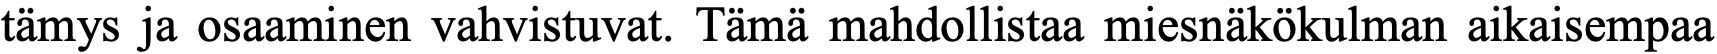
tämys ja osaaminen vahvistuvat. Tämä mahdollistaa miesnäkökulman aikaisempaa